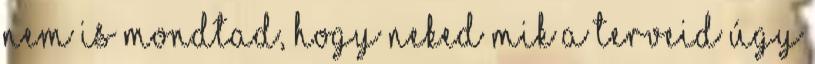
nem is mondtad, hogy neked mik a terveid Úgy